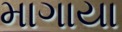
માગાયા